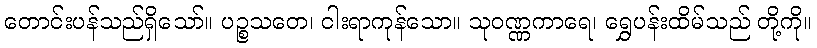
တောင်းပန်သည်ရှိသော်။ ပဉ္စသတေ၊ ငါးရာကုန်သော။ သုဝဏ္ဏကာရေ၊ ရွှေပန်းထိမ်သည် တို့ကို။